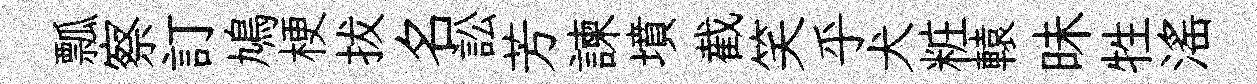
瓢察訂鳩梗拔名訟芳諫墳截笑乎犬粧轅昧牲滛